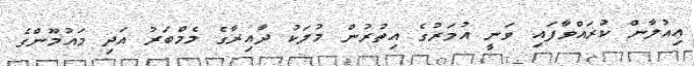
އިއުލާން ކުރައްވާފައި ވަނީ އުމަރުގެ އިތުރުން މުލަކު ދާއިރާގެ މެމްބަރު އަދި މައުމޫންގެ